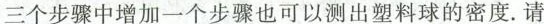
三个步骤中增加一个步骤也可以测出塑料球的密度。请